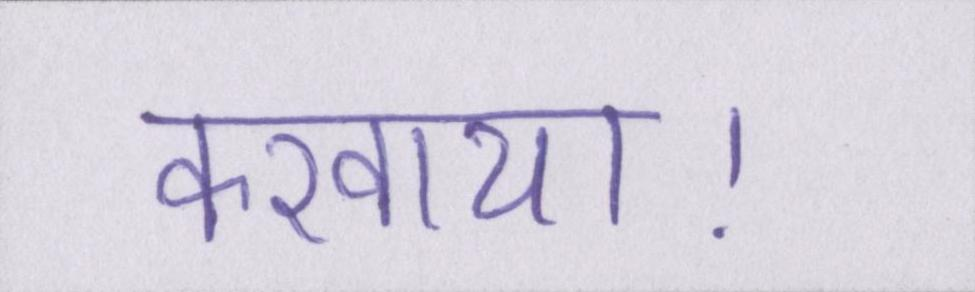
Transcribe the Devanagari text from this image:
करवाया।